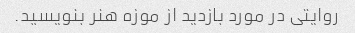
روایتی در مورد بازدید از موزه هنر بنویسید.